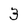
Character: 3